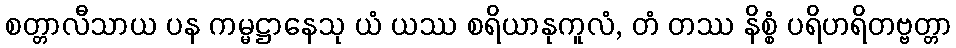
စတ္တာလီသာယ ပန ကမ္မဋ္ဌာနေသု ယံ ယဿ စရိယာနုကူလံ, တံ တဿ နိစ္စံ ပရိဟရိတဗ္ဗတ္တာ